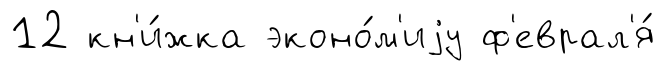
12 кн'и́жка эконо́м'иjу ф'еврал'я́